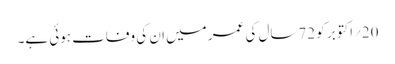
20؍اکتوبر کو 72سال کی عمر میں ان کی وفات ہوئی ہے۔